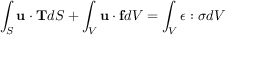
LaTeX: \int _ { S } \mathbf { u \cdot T } d S + \int _ { V } \mathbf { u } \cdot \mathbf { f } d V = \int _ { V } { \boldsymbol { \epsilon } } : { \boldsymbol { \sigma } } d V